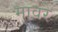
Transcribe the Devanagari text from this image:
मावरे